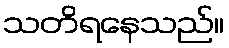
သတိရနေသည်။